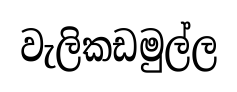
වැලිකඩමුල්ල